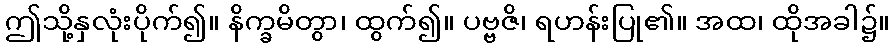
ဤသို့နှလုံးပိုက်၍။ နိက္ခမိတွာ၊ ထွက်၍။ ပဗ္ဗဇိ၊ ရဟန်းပြု၏။ အထ၊ ထိုအခါ၌။